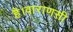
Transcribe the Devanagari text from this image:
है।वाराणसी